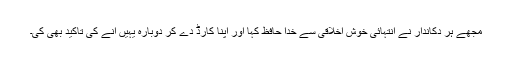
مجھے ہر دکاندار نے انتہائی خوش اخلاقی سے خدا حافظ کہا اور اپنا کارڈ دے کر دوبارہ یہیں آنے کی تاکید بھی کی۔